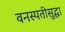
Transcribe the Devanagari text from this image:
वनस्पतीसुद्धा